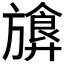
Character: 𪰁